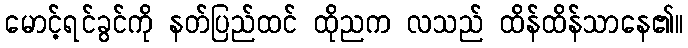
မောင့်ရင်ခွင်ကို နတ်ပြည်ထင် ထိုညက လသည် ထိန်ထိန်သာနေ၏။